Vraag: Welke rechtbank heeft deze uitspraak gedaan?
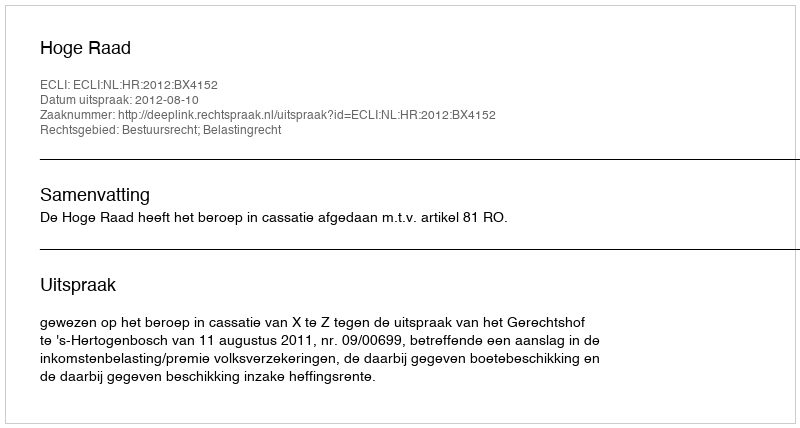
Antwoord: Hoge Raad